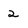
Character: 2